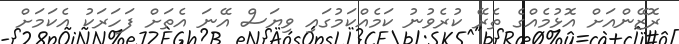
ރޮޒޭންއަށް އޮޅުމެއްގެ ތެރޭ ކުރެވުނު ކަމެއްކަމުގައި ވިޔަސް އޭނަ އެތަށް ފަހަރަކު އެކަމަށް